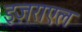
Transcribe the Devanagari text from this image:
इज़राएल